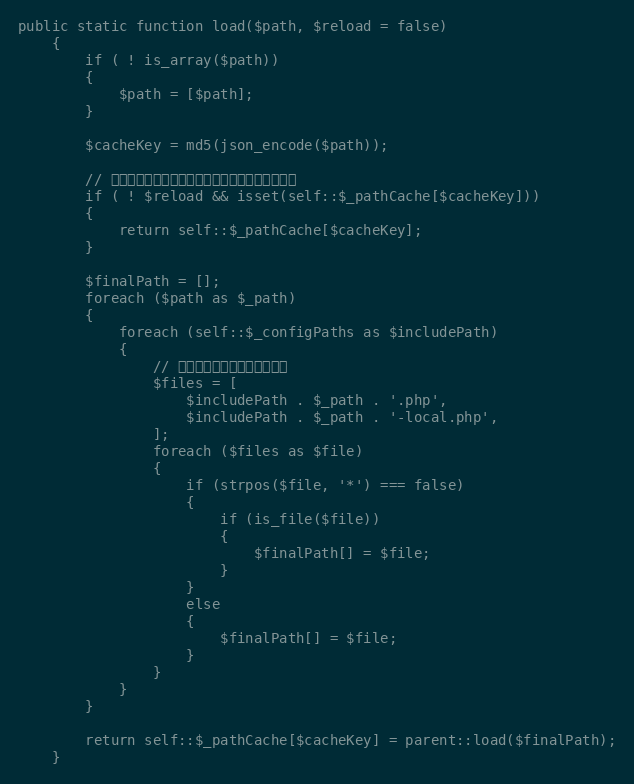
Language: PHP
public static function load($path, $reload = false)
    {
        if ( ! is_array($path))
        {
            $path = [$path];
        }

        $cacheKey = md5(json_encode($path));

        // 如果有缓存并且可以不重新加载，那么就直接返回
        if ( ! $reload && isset(self::$_pathCache[$cacheKey]))
        {
            return self::$_pathCache[$cacheKey];
        }

        $finalPath = [];
        foreach ($path as $_path)
        {
            foreach (self::$_configPaths as $includePath)
            {
                // 检测和包含带下面后缀的文件
                $files = [
                    $includePath . $_path . '.php',
                    $includePath . $_path . '-local.php',
                ];
                foreach ($files as $file)
                {
                    if (strpos($file, '*') === false)
                    {
                        if (is_file($file))
                        {
                            $finalPath[] = $file;
                        }
                    }
                    else
                    {
                        $finalPath[] = $file;
                    }
                }
            }
        }

        return self::$_pathCache[$cacheKey] = parent::load($finalPath);
    }